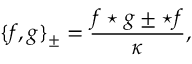
\{ f , g \} _ { \pm } = \frac { f \star g \pm \star f } { \kappa } ,